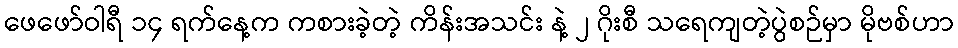
ဖေဖော်ဝါရီ ၁၄ ရက်နေ့က ကစားခဲ့တဲ့ ကိန်းအသင်း နဲ့ ၂ ဂိုးစီ သရေကျတဲ့ပွဲစဉ်မှာ မိုဗစ်ဟာ